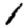
Digit: 1